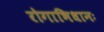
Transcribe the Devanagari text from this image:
रोगाभिधानः